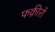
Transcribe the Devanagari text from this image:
फक़ीरों